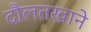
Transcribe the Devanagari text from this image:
दौलतखाने